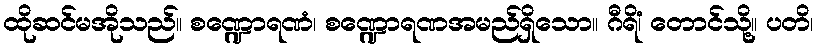
ထိုဆင်မအိုသည်။ စဏ္ဍောရဏံ၊ စဏ္ဍောရဏအမည်ရှိသော။ ဂီရိံ၊ တောင်သို့။ ပတိ၊